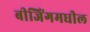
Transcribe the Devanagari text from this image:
बीजिंगमधील